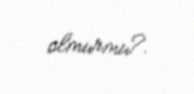
olmurmu?.